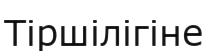
Тіршілігіне